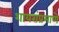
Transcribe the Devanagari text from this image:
शायरांप्रमाणे